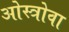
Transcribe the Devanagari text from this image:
ओस्त्रोवा